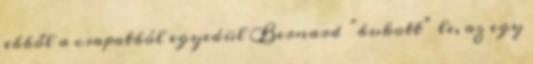
ebből a csapatból egyedül Bernard “bukott” le, az egy